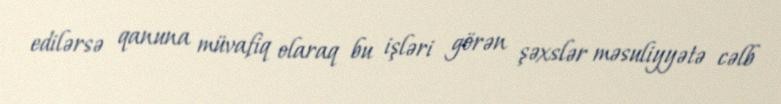
edilərsə qanuna müvafiq olaraq bu işləri görən şəxslər məsuliyyətə cəlb